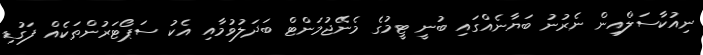
ނިއުކާސަލްއިން ނެރުނު ބަޔާނެއްގައި ބުނީ ޓީމުގެ މެނޭޖުމަންޓް ބަދަލުވުމާއި އެކު ސަޕޯޓަރުންތަކެއް ފަގުޑި